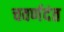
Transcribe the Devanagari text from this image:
चवर्णदंत